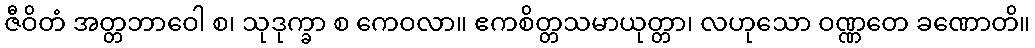
ဇီဝိတံ အတ္တဘာဝေါ စ၊ သုဒုက္ခာ စ ကေဝလာ။ ဧကစိတ္တသမာယုတ္တာ၊ လဟုသော ဝဏ္ဏတေ ခဏောတိ။